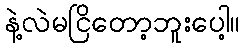
နဲ့လဲမငြိတော့ဘူးပေါ့။